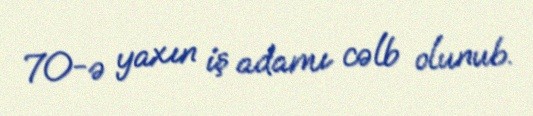
70-ə yaxın iş adamı cəlb olunub.